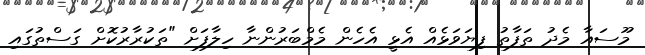
މޫސައާ މެދު ތަފާތު ފިޔަވަޅެއް އެޅީ އެހެން މެމްބަރުންނާ ހިލާފަށް "ތަކުރާރުކޮށް ގަސްތުގައި